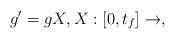
LaTeX: \begin{align*}g' = g X, X:[0,t_f]\to \sl,\end{align*}